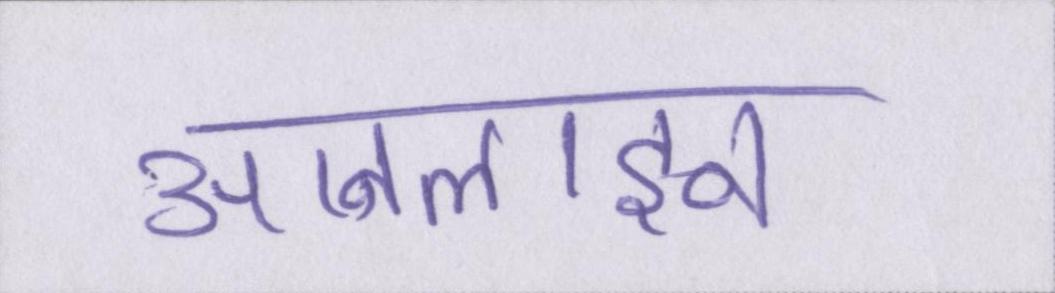
आनलाइन